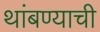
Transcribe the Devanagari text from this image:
थांबण्याची